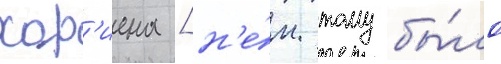
хор'иена [н'е́м. тому бы́ло